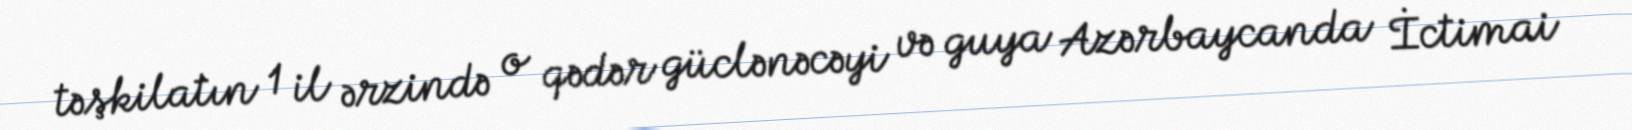
təşkilatın 1 il ərzində o qədər güclənəcəyi və guya Azərbaycanda İctimai